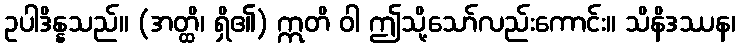
ဥပါဒိန္နသည်။ (အတ္ထိ၊ ရှိ၏) ဣတိ ဝါ ဤသို့သော်လည်းကောင်း။ သိနိဒဿန၊